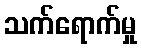
သက်ရောက်မှု